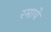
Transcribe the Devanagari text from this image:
रमाये